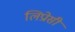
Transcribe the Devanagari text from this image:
लिप्रोसी